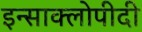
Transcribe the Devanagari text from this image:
इन्साक्लोपीदी